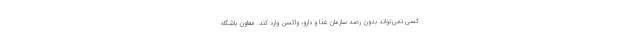
کسی نمی‌تواند بدون رصد سازمان غذا و دارو، واکسن وارد کند. معاون باشگاه